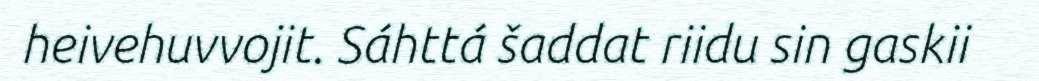
heivehuvvojit. Sáhttá šaddat riidu sin gaskii